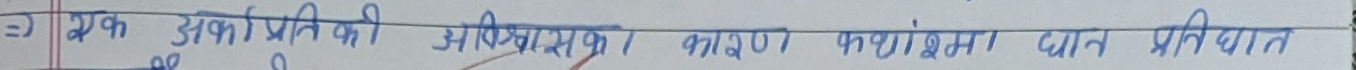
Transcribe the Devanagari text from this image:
एक उका प्रति की अविश्वास कारण कशमा यान प्रतिधात